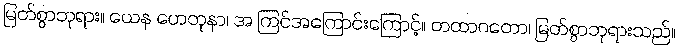
မြတ်စွာဘုရား။ ယေန ဟေတုနာ၊ အ ကြင်အကြောင်းကြောင့်။ တထာဂတော၊ မြတ်စွာဘုရားသည်။